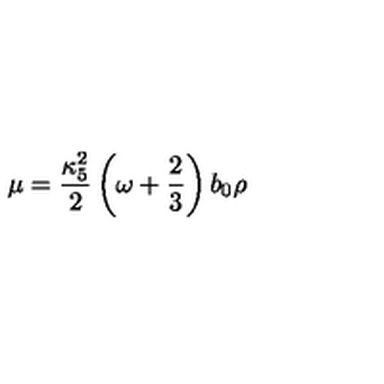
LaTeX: \mu = { \frac { \kappa _ { 5 } ^ { 2 } } { 2 } } \left( \omega + { \frac { 2 } { 3 } } \right) b _ { 0 } \rho